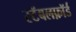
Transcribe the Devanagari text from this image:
स्टॅबलफ़ॉर्ड